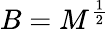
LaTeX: B=M^{\frac{1}{2}}